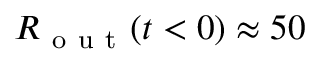
R _ { \mathrm { ~ o ~ u ~ t ~ } } ( t < 0 ) \approx 5 0